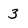
Character: 3